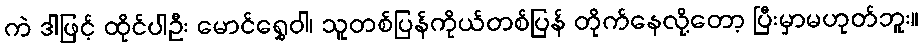
ကဲ ဒါဖြင့် ထိုင်ပါဦး မောင်ရွှေဝါ၊ သူတစ်ပြန်ကိုယ်တစ်ပြန် တိုက်နေလို့တော့ ပြီးမှာမဟုတ်ဘူး။